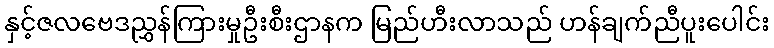
နှင့်ဇလဗေဒညွှန်ကြားမှုဦးစီးဌာနက မြည်ဟီးလာသည် ဟန်ချက်ညီပူးပေါင်း